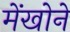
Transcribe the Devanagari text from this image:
मेंखोने